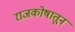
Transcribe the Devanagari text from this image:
राजकोषातून